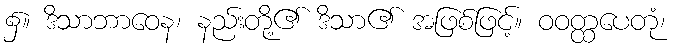
၌။ ဒိသာဘာဝေန၊ နည်းတို့၏ ဒိသာ၏ အဖြစ်ဖြင့်။ ဝဝတ္ထပေတုံ၊